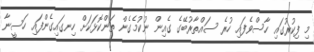
މި ފިކުރުގައި ހާސްވެފައި ހުރެ ސައްތާރުބޭގެ ގެއިން ނުކުމެގެން ތަންކޮޅަކަށް ހިނގައިގެންފައި ހަސީނާ